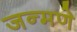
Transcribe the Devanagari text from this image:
जन्मणे